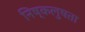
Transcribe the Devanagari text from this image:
निष्कलुषता